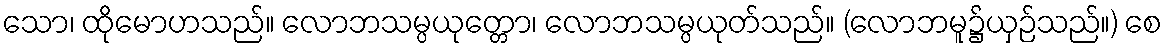
သော၊ ထိုမောဟသည်။ လောဘသမ္ပယုတ္တော၊ လောဘသမ္ပယုတ်သည်။ (လောဘမူ၌ယှဉ်သည်။) စေ